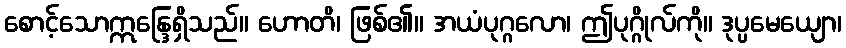
စောင့်သောဣန္ဒြေရှိသည်။ ဟောတိ၊ ဖြစ်၏။ အယံပုဂ္ဂလော၊ ဤပုဂ္ဂိုလ်ကို။ ဒုပ္ပမေယျော၊